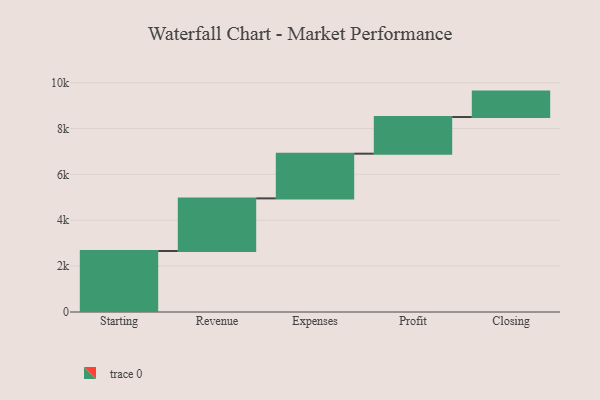
{"axis": {"x": "Step", "y": "Value"}, "legend": [""], "data": [{"x": "Starting", "y": 2660.0, "type": ""}, {"x": "Revenue", "y": 2294.0, "type": ""}, {"x": "Expenses", "y": 1949.0, "type": ""}, {"x": "Profit", "y": 1598.0, "type": ""}, {"x": "Closing", "y": 1109.0, "type": ""}]}